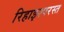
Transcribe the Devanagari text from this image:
रिहाइश्परस्त